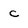
Character: C